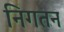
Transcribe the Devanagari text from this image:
निगतन